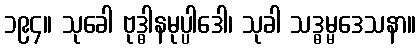
၁၉၄။ သုခေါ ဗုဒ္ဓါနမုပ္ပါဒေါ၊ သုခါ သဒ္ဓမ္မဒေသနာ။